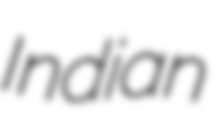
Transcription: Indian